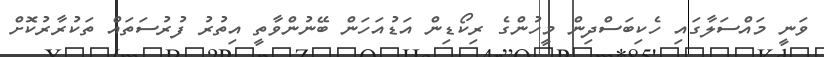
ވަނީ މައްސަލާގައި ހެކިބަސްދިން މީހުންގެ ރިކޯޑިން އަޑުއަހަން ބޭނުންވާތީ އިތުރު ފުރުސަތައް ތަކުރާރުކޮށް